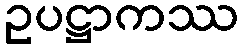
ဥပဋ္ဌာကဿ